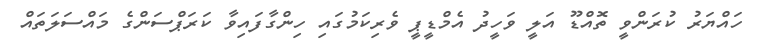
ހައްޔަރު ކުރަންވީ ތޮއްޑޫ އަލީ ވަހީދު އެމްޑީޕީ ވެރިކަމުގައި ހިންގާފައިވާ ކަރަޕްސަންގެ މައްސަލަތައް